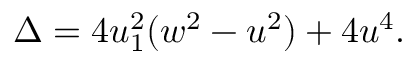
\Delta = 4 u _ { 1 } ^ { 2 } ( w ^ { 2 } - u ^ { 2 } ) + 4 u ^ { 4 } .